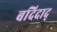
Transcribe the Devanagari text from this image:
बदिदाद्